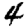
Digit: 4